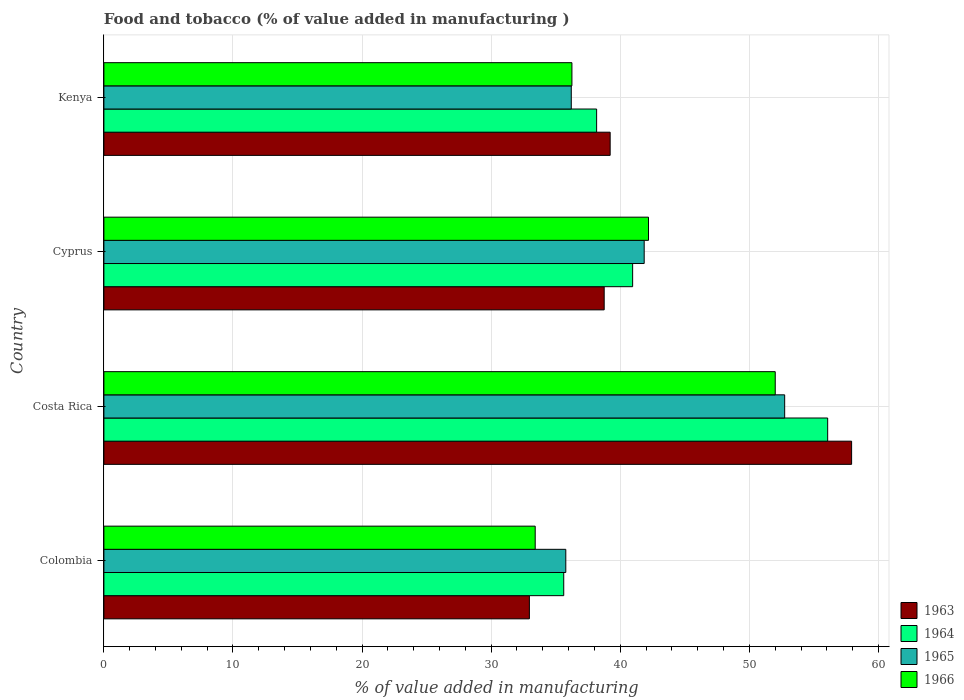
| Country | 1963 | 1964 | 1965 | 1966 |
 | --- | --- | --- | --- | --- |
 | Colombia | 33 | 35.6 | 35.8 | 33.4 |
 | Costa Rica | 57.9 | 56.1 | 52.7 | 52 |
 | Cyprus | 38.8 | 41 | 41.9 | 42.2 |
 | Kenya | 39.2 | 38.2 | 36.2 | 36.3 |